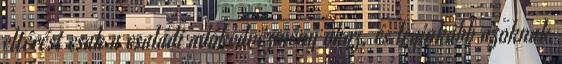
eltérést csak a családi adókedvezmény okoz, és leginkább azoknak